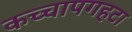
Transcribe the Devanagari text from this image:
कच्चापगहटा